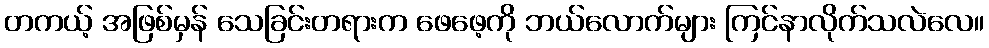
တကယ့် အဖြစ်မှန် သေခြင်းတရားက ဖေဖေ့ကို ဘယ်လောက်များ ကြင်နာလိုက်သလဲလေ။